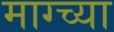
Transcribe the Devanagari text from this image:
माग्च्या